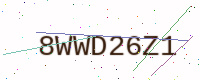
Text: 8WWD26Z1